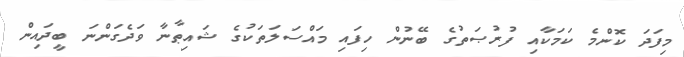
މިފަދަ ކޮންމެ ކަމަކާއި ފުރުޞަތުގެ ބޭނުން ހިފައި މައްސަލަތަކުގެ ޝައިޠާނާ ވަދެގަންނަ ބީދައިން